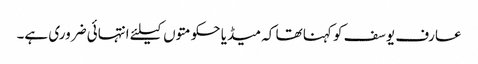
عارف یوسف کو کہنا تھا کہ میڈیا حکومتوں کیلئے انتہائی ضروری ہے۔